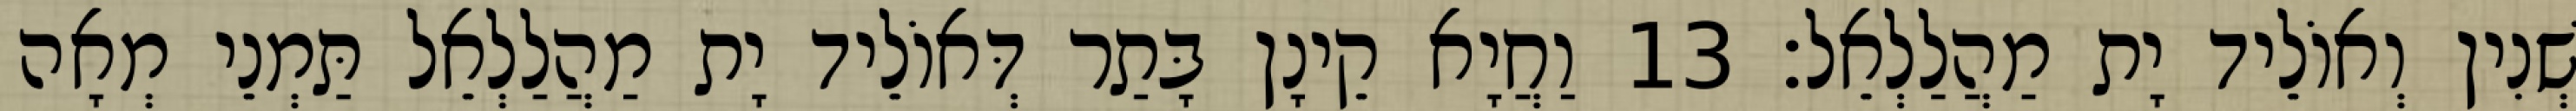
שְׁנִין וְאוֹלֵיד יָת מַהֲלַלְאֵל׃ 13 וַחֲיָא קֵינָן בָּתַר דְּאוֹלֵיד יָת מַהֲלַלְאֵל תַּמְנֵי מְאָה